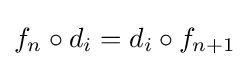
f_{n}\circ d_{i}=d_{i}\circ f_{n+1}